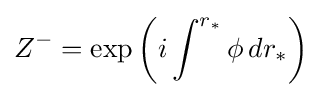
Z^{-}=\exp \left(i\int ^{r_{*}}\phi \,dr_{*}\right)